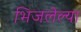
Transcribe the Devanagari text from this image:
भिजलेल्या